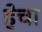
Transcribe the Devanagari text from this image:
हेचा